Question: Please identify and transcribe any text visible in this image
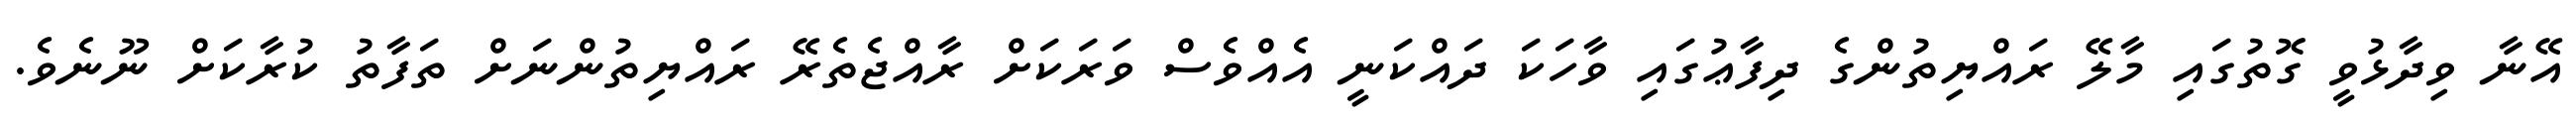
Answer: އޭނާ ވިދާޅުވީ ގޮތުގައި މާލޭ ރައްޔިތުންގެ ދިފާޢުގައި ވާހަކަ ދައްކަނީ އެއްވެސް ވަރަކަށް ރާއްޖެތެރޭ ރައްޔިތުންނަށް ތަފާތު ކުރާކަށް ނޫނެވެ.